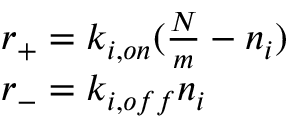
\begin{array} { l } { r _ { + } = k _ { i , o n } ( \frac { N } { m } - n _ { i } ) } \\ { r _ { - } = k _ { i , o f f } n _ { i } } \end{array}